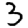
Digit: 3